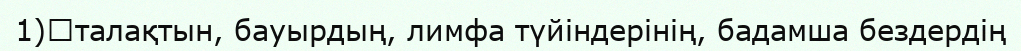
1)	талақтын, бауырдың, лимфа түйіндерінің, бадамша бездердің